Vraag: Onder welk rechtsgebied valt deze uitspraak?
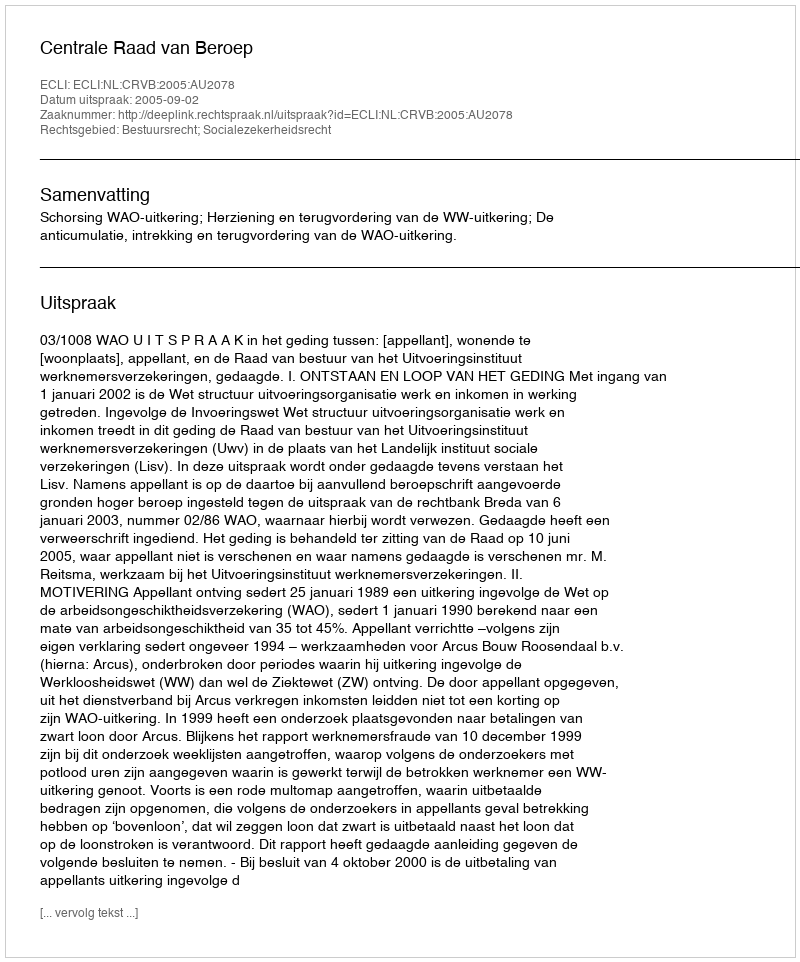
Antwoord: Bestuursrecht; Socialezekerheidsrecht